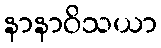
နာနာဝိသယာ